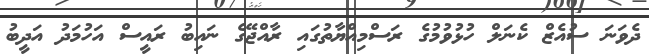
ދެވަނަ ސުއެޒް ކެނަލް ހުޅުވުމުގެ ރަސްމިއްޔާތުގައި ރާއްޖޭގެ ނައިބު ރައީސް އަހުމަދު އަދީބު